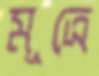
মূত্রে